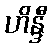
ဟိန္ဒီ